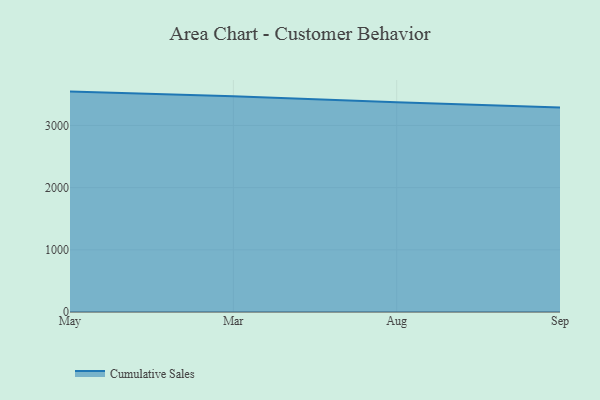
{"axis": {"x": "Month", "y": "Satisfaction Score"}, "legend": ["Cumulative Sales"], "data": [{"x": "May", "y": 3544.5, "type": "Cumulative Sales"}, {"x": "Mar", "y": 3469.1, "type": "Cumulative Sales"}, {"x": "Aug", "y": 3374.7, "type": "Cumulative Sales"}, {"x": "Sep", "y": 3287.7, "type": "Cumulative Sales"}]}